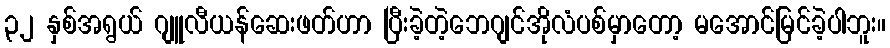
၃၂ နှစ်အရွယ် ဂျူလီယန်ဆေးဖတ်ဟာ ပြီးခဲ့တဲ့ဘေဂျင်အိုလံပစ်မှာတော့ မအောင်မြင်ခဲ့ပါဘူး။